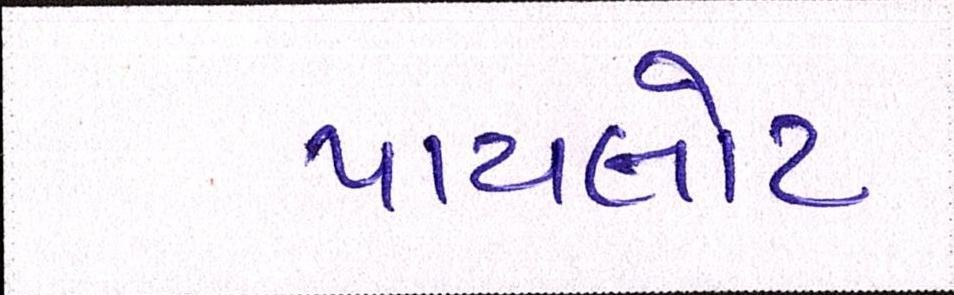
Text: પાયલોટ